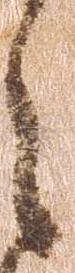
之